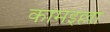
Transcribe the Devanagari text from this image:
कामइल्ला